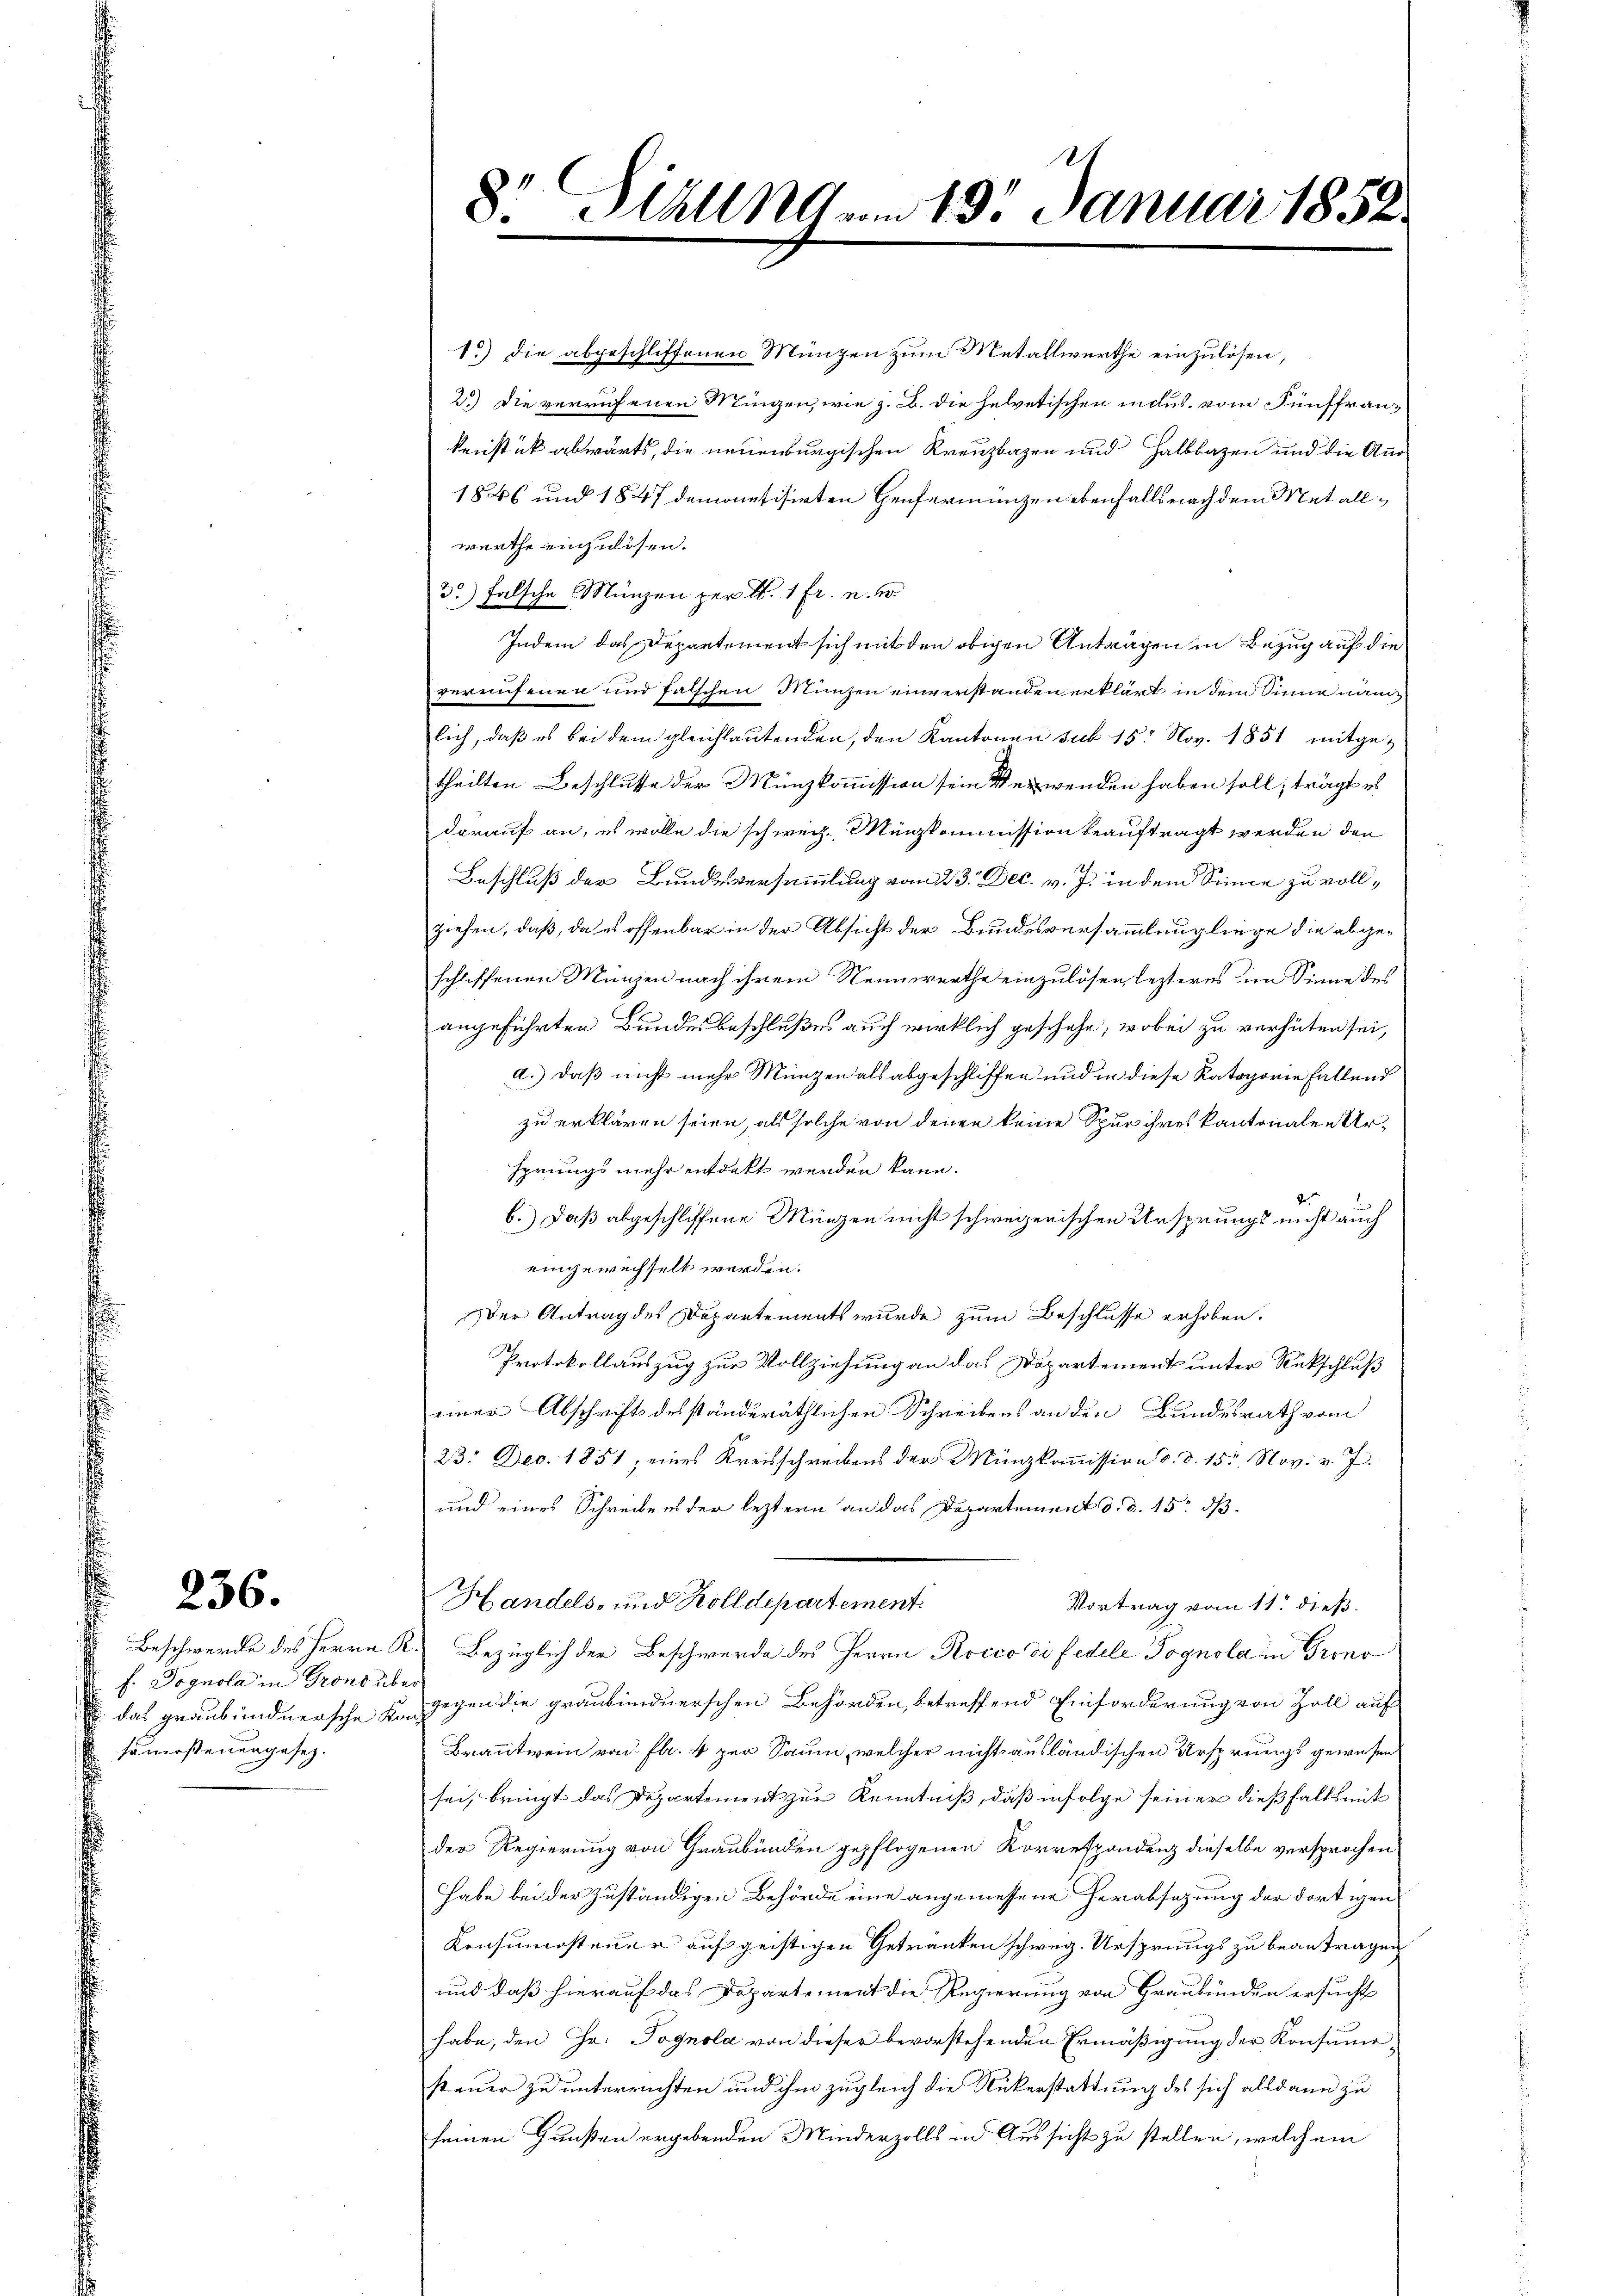
236.

f. Pognola in Grons über
 das graubündnersche Ko
saussteuergesez.

8. Stall am 19. Januar 1852.

1.) die abgeschliffenen Münzen zum Metallwerthe einzulösen,
2) Die verrufenen Mingen, wie z. B. die helvetischen indus. vom Fünffrankenstück abwärts, die neuenburgischen Kreuzbazen und Halbbazen und die Aus¬
1846 und 1847 demonetisirten Heufermünzen ebenfalls nach dem Metallwerthe einzulösen.
3) falsche Münzen per l. 1 Fr. n. 2.
Indem das Departement sich mit den obigen Antragen in Bezug auf die
gekaufenen und falschen Münzen einverstanden erklärt in dem Sinne nämlich, daß es bei dem gleichlautenden, den Kantonen sub 15. Nov. 1851 mitgetheilten Beschlusse der Münzkommission sein Verwenden haben soll, trägt es
darauf an, es wolle die schweiz. Münzkommission beauftragt werden den
Beschluß der Bundesversammlung vom 23. Dec. v. J. in dem Sinne zu vollziehen, daß, da es offenbar in der Absicht der Bundesversammlung liege die abgeschliffenen Münzen nach ihrem Nennwerthe einzulösen, lezteres im Sinne des
angeführten Bundesbeschlußes auch wirklich geschehe, wobei zu verhüten sei,
a.) Daß nicht mehr Münzen als abgeschliffen und in diese Kategorie fallend
zu erklären seien, als solche von denen keine Spur ihres kantonalen Ursprungs mehr entdekt werden kann.
b.) Daß abgeschliffene Münzen nicht schweizerischen Ursprungs nicht auch
eingewechselt werden.
Der Antrag des Departements wurde zum Beschlusse erhoben.
Protokollauszug zur Vollziehung an das Departement unter Rückschluß
einer Abschrift des ständeräthlichen Schreibens an den Bundesrath vom
23: Dec. 1851; eines Kreisschreibens der Münzkoṁission d. d. 15. Nov. v. J.
und eines Schreibens der leztern an das Departement d. d. 15. dß.
Handels- und Zolldepartement.
Vortrag vom 11. dieß.
 Beschwerde des Herrn R. Bezüglich der Beschwerde des Herrn Rocco di fedele Pognola in Grono
gegen die graubündnerschen Behörden, betreffend Einforderung von Zoll auf
Branntwein von fl. 4 zur Saum, welcher nicht ausländischen Ursprungs gewesen
sei, bringt das Departement zur Kenntniß, daß infolge seiner dießfalls mit
der Regierung von Graubünden gepflogenen Korrespondenz dieselbe versprochen
habe bei der zuständigen Behörde eine angemessene Herabsezung der dortigen
Konsumsteuer auf geistigen Getränken schweiz. Ursprungs zu beantragen
und daß hierauf das Departement die Regierung von Graubünden ersucht
habe, den Hr. Pognola von dieser bevorstehenden Ermäßigung der Konsumesteuer zu unterrichten und ihm zugleich die Rükerstattung des sich alsdann zu
seinen Gunsten ergebenden Minderzolls in Aussicht zu stellen, welchem